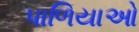
પાળિયાઓ